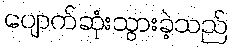
ပျောက်ဆုံးသွားခဲ့သည်